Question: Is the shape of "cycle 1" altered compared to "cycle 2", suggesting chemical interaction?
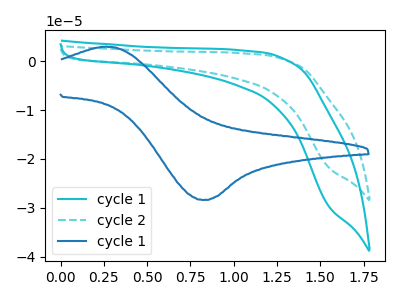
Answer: <think>The cyan curve "cycle 1" has no peaks. The cyan dashed curve "cycle 2" has no peaks. The blue curve "cycle 1" has an anodic peak at (0.25V, 2.95uA) and a cathodic peak at (0.85V, -28.40uA).
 Neither "cycle 1" or "cycle 2" have any peaks.</think>
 <answer>No, "cycle 1" and "cycle 2" don't appear to be significantly different in shape</answer>
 <eval>no_change</eval>